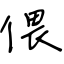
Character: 偎